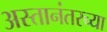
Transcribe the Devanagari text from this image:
अस्तानंतरच्या